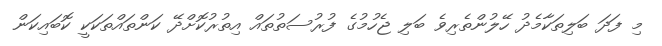
މި ފަދަ ބަލިތަކާމެދު ހޭލުންތެރިވެ ބަލި ޖެހުމުގެ ފުރުސަތުތައް އިތުރުކޮށްދޭ ކަންތައްތަކަކީ ކޮބައިކަން